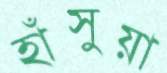
হাঁসুয়া